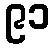
၉၁